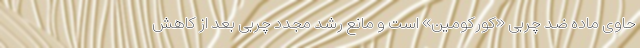
حاوی ماده ضد چربی «کورکومین» است و مانع رشد مجدد چربی بعد از کاهش